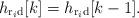
LaTeX: \begin{align*}h_{\mathrm{r}_i\mathrm{d}}[k]=h_{\mathrm{r}_i\mathrm{d}}[k-1].\end{align*}